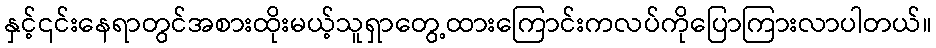
နှင့်၎င်းနေရာတွင်အစားထိုးမယ့်သူရှာတွေ့ထားကြောင်းကလပ်ကိုပြောကြားလာပါတယ်။